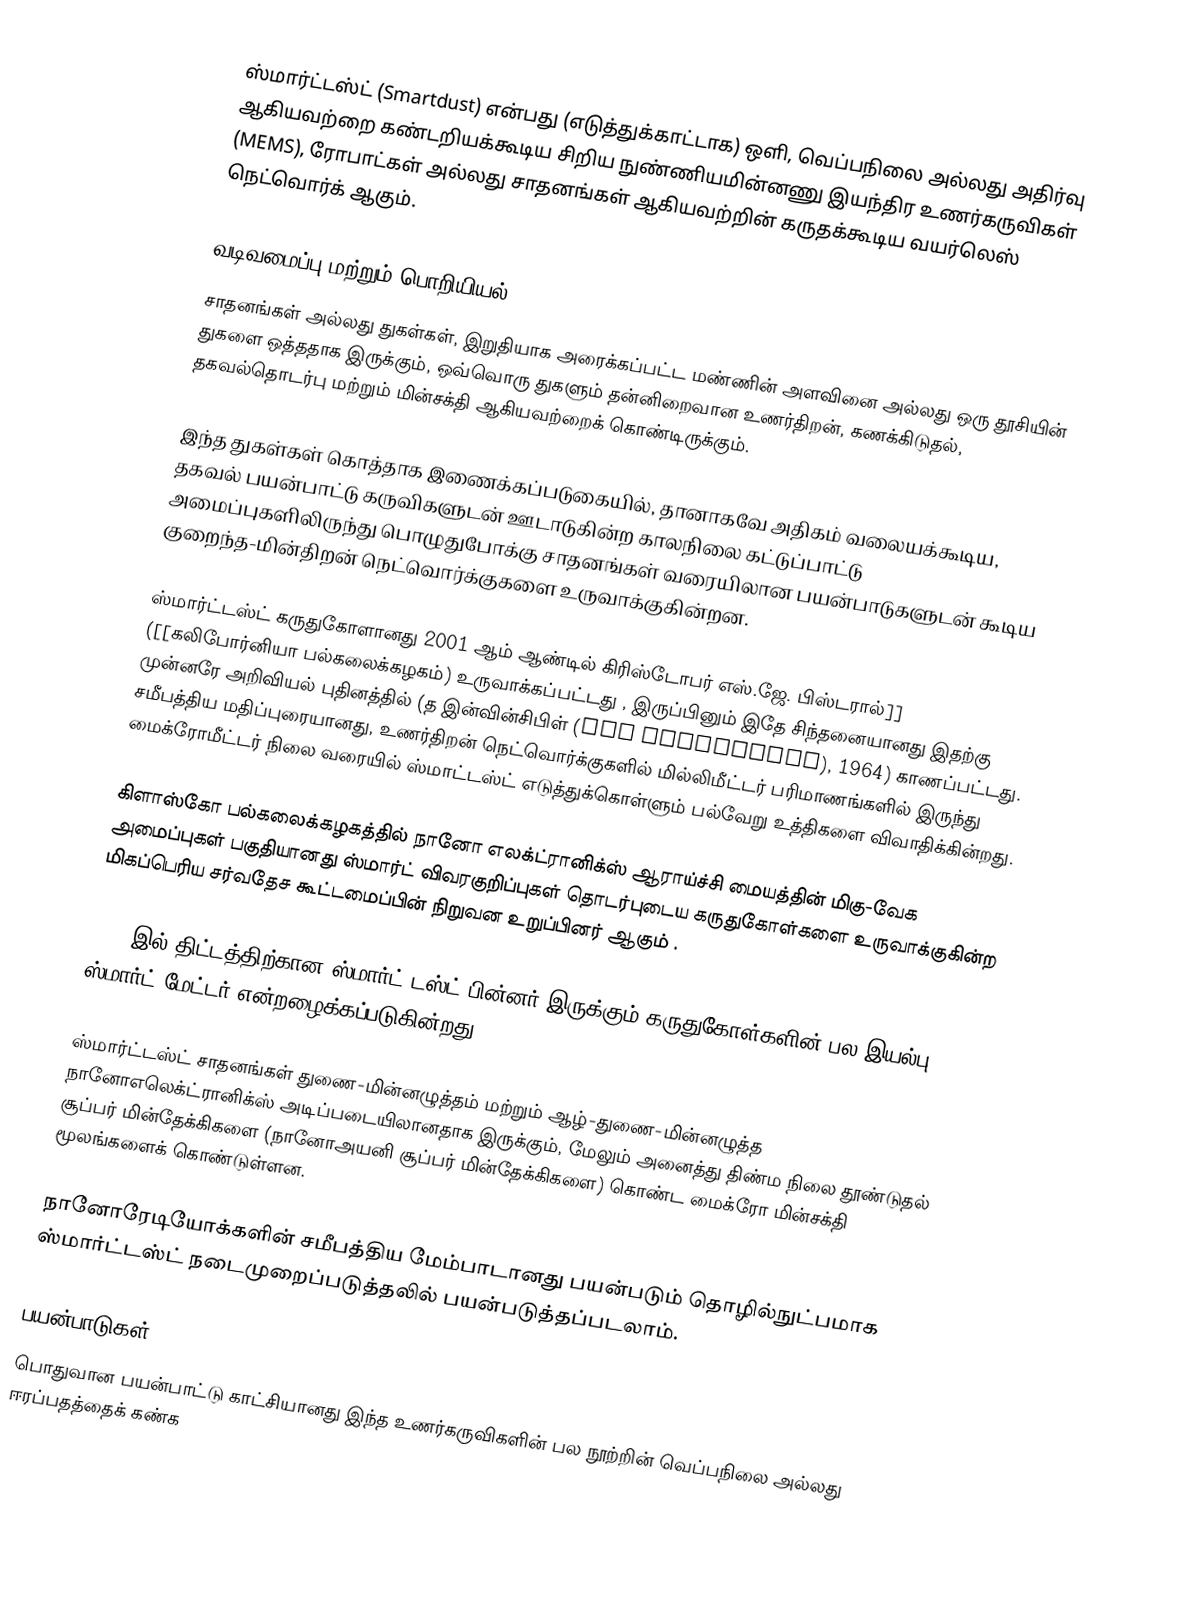
ஸ்மார்ட்டஸ்ட்  (Smartdust) என்பது (எடுத்துக்காட்டாக) ஒளி, வெப்பநிலை அல்லது அதிர்வு ஆகியவற்றை கண்டறியக்கூடிய சிறிய நுண்ணியமின்னணு இயந்திர உணர்கருவிகள் (MEMS), ரோபாட்கள் அல்லது சாதனங்கள் ஆகியவற்றின் கருதக்கூடிய வயர்லெஸ் நெட்வொர்க் ஆகும்.

வடிவமைப்பு மற்றும் பொறியியல்
சாதனங்கள் அல்லது துகள்கள்,  இறுதியாக அரைக்கப்பட்ட மண்ணின் அளவினை அல்லது ஒரு தூசியின் துகளை ஒத்ததாக இருக்கும், ஒவ்வொரு துகளும் தன்னிறைவான உணர்திறன், கணக்கிடுதல், தகவல்தொடர்பு மற்றும் மின்சக்தி ஆகியவற்றைக் கொண்டிருக்கும்.

இந்த துகள்கள் கொத்தாக இணைக்கப்படுகையில், தானாகவே அதிகம் வலையக்கூடிய, தகவல் பயன்பாட்டு கருவிகளுடன் ஊடாடுகின்ற காலநிலை கட்டுப்பாட்டு அமைப்புகளிலிருந்து பொழுதுபோக்கு சாதனங்கள் வரையிலான பயன்பாடுகளுடன் கூடிய குறைந்த-மின்திறன் நெட்வொர்க்குகளை உருவாக்குகின்றன.

ஸ்மார்ட்டஸ்ட் கருதுகோளானது 2001 ஆம் ஆண்டில் கிரிஸ்டோபர் எஸ்.ஜே. பிஸ்டரால்]] ([[கலிபோர்னியா பல்கலைக்கழகம்) உருவாக்கப்பட்டது , இருப்பினும் இதே சிந்தனையானது இதற்கு முன்னரே அறிவியல் புதினத்தில் (த இன்வின்சிபிள் (The Invincible), 1964) காணப்பட்டது. சமீபத்திய மதிப்புரையானது, உணர்திறன் நெட்வொர்க்குகளில் மில்லிமீட்டர் பரிமாணங்களில் இருந்து மைக்ரோமீட்டர் நிலை வரையில் ஸ்மாட்டஸ்ட் எடுத்துக்கொள்ளும் பல்வேறு உத்திகளை விவாதிக்கின்றது.

கிளாஸ்கோ பல்கலைக்கழகத்தில் நானோ எலக்ட்ரானிக்ஸ் ஆராய்ச்சி மையத்தின் மிகு-வேக அமைப்புகள் பகுதியானது ஸ்மார்ட் விவரகுறிப்புகள் தொடர்புடைய கருதுகோள்களை உருவாக்குகின்ற மிகப்பெரிய சர்வதேச கூட்டமைப்பின் நிறுவன உறுப்பினர் ஆகும் .

PARC இல் திட்டத்திற்கான ஸ்மார்ட் டஸ்ட் பின்னர் இருக்கும் கருதுகோள்களின் பல இயல்பு ஸ்மார்ட் மேட்டர் என்றழைக்கப்படுகின்றது.

ஸ்மார்ட்டஸ்ட் சாதனங்கள் துணை-மின்னழுத்தம் மற்றும் ஆழ்-துணை-மின்னழுத்த நானோஎலெக்ட்ரானிக்ஸ் அடிப்படையிலானதாக இருக்கும், மேலும் அனைத்து திண்ம நிலை தூண்டுதல் சூப்பர் மின்தேக்கிகளை (நானோஅயனி சூப்பர் மின்தேக்கிகளை) கொண்ட மைக்ரோ மின்சக்தி மூலங்களைக் கொண்டுள்ளன.

நானோரேடியோக்களின் சமீபத்திய மேம்பாடானது பயன்படும் தொழில்நுட்பமாக ஸ்மார்ட்டஸ்ட் நடைமுறைப்படுத்தலில் பயன்படுத்தப்படலாம்.

பயன்பாடுகள்
பொதுவான பயன்பாட்டு காட்சியானது இந்த உணர்கருவிகளின் பல நூற்றின் வெப்பநிலை அல்லது ஈரப்பதத்தைக் கண்க